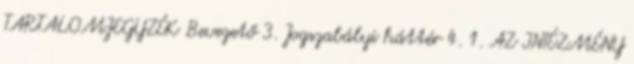
TARTALOMJEGYZÉK Bevezető 3. Jogszabályi háttér 4. 1. AZ INTÉZMÉNY